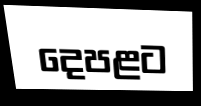
දෙපළට